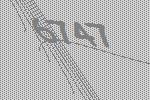
6747